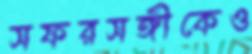
সফরসঙ্গীকেও